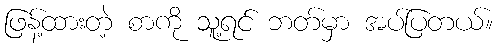
ဖြန့်ထားတဲ့ စာကို သူ့ရင် ဘတ်မှာ အပ်ပြတယ်။